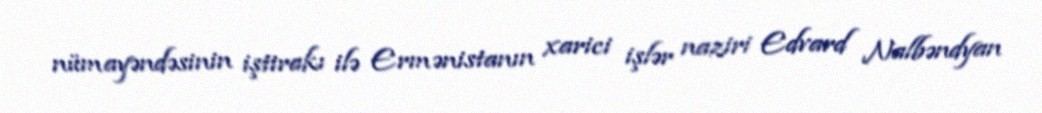
nümayəndəsinin iştirakı ilə Ermənistanın xarici işlər naziri Edvard Nalbəndyan